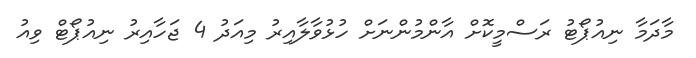
މާދަމާ ނިއުޕޯޓު ރަސްމީކޮށް އާންމުންނަށް ހުޅުވާލާއިރު މިއަދު 4 ޖަހާއިރު ނިއުޕޯޓް ވިއު